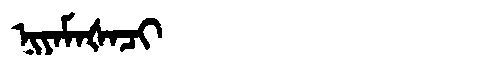
Manchu: ᠨᡳᠶᠠᠮᠠᡧᠠᠴᡳ
Romanization: NIYAMAŠACI